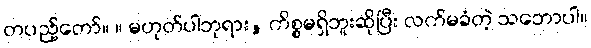
တပည့်တော်။ ။ မဟုတ်ပါဘုရား, ကိစ္စမရှိဘူးဆိုပြီး လက်မခံတဲ့ သဘောပါ။